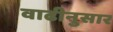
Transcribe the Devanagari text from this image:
वाढीनुसार